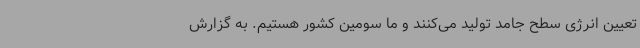
تعیین انرژی سطح جامد تولید می‌کنند و ما سومین کشور هستیم. به گزارش